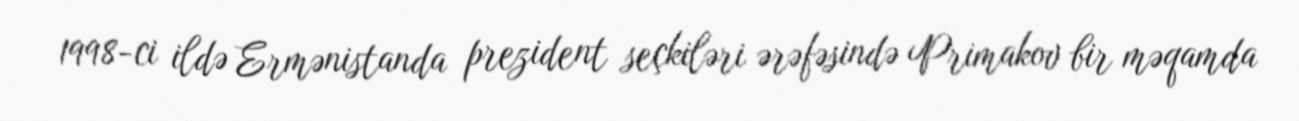
1998-ci ildə Ermənistanda prezident seçkiləri ərəfəsində Primakov bir məqamda